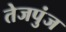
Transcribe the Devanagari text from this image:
तेजपुंज